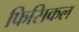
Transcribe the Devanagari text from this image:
फिसिकल